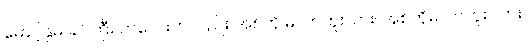
မောင့်နှမ ခင်ကြီး ကလေးကလည်း အစ်ကို မလာဘူးလား၊ အစ်ကိုမလာဘူး လား၊